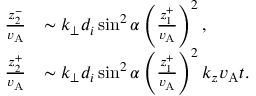
\begin{array} { r l } { \frac { z _ { 2 } ^ { - } } { v _ { \mathrm { A } } } } & { \sim k _ { \perp } d _ { i } \sin ^ { 2 } \alpha \left( \frac { z _ { 1 } ^ { + } } { v _ { \mathrm { A } } } \right) ^ { 2 } , } \\ { \frac { z _ { 2 } ^ { + } } { v _ { \mathrm { A } } } } & { \sim k _ { \perp } d _ { i } \sin ^ { 2 } \alpha \left( \frac { z _ { 1 } ^ { + } } { v _ { \mathrm { A } } } \right) ^ { 2 } k _ { z } v _ { \mathrm { A } } t . } \end{array}